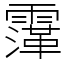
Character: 䨰